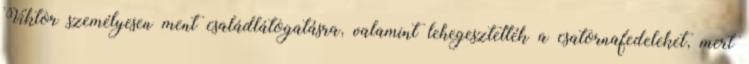
Viktor személyesen ment családlátogatásra, valamint lehegesztették a csatornafedeleket, mert